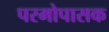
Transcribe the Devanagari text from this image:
परमोपासक